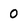
Character: 0